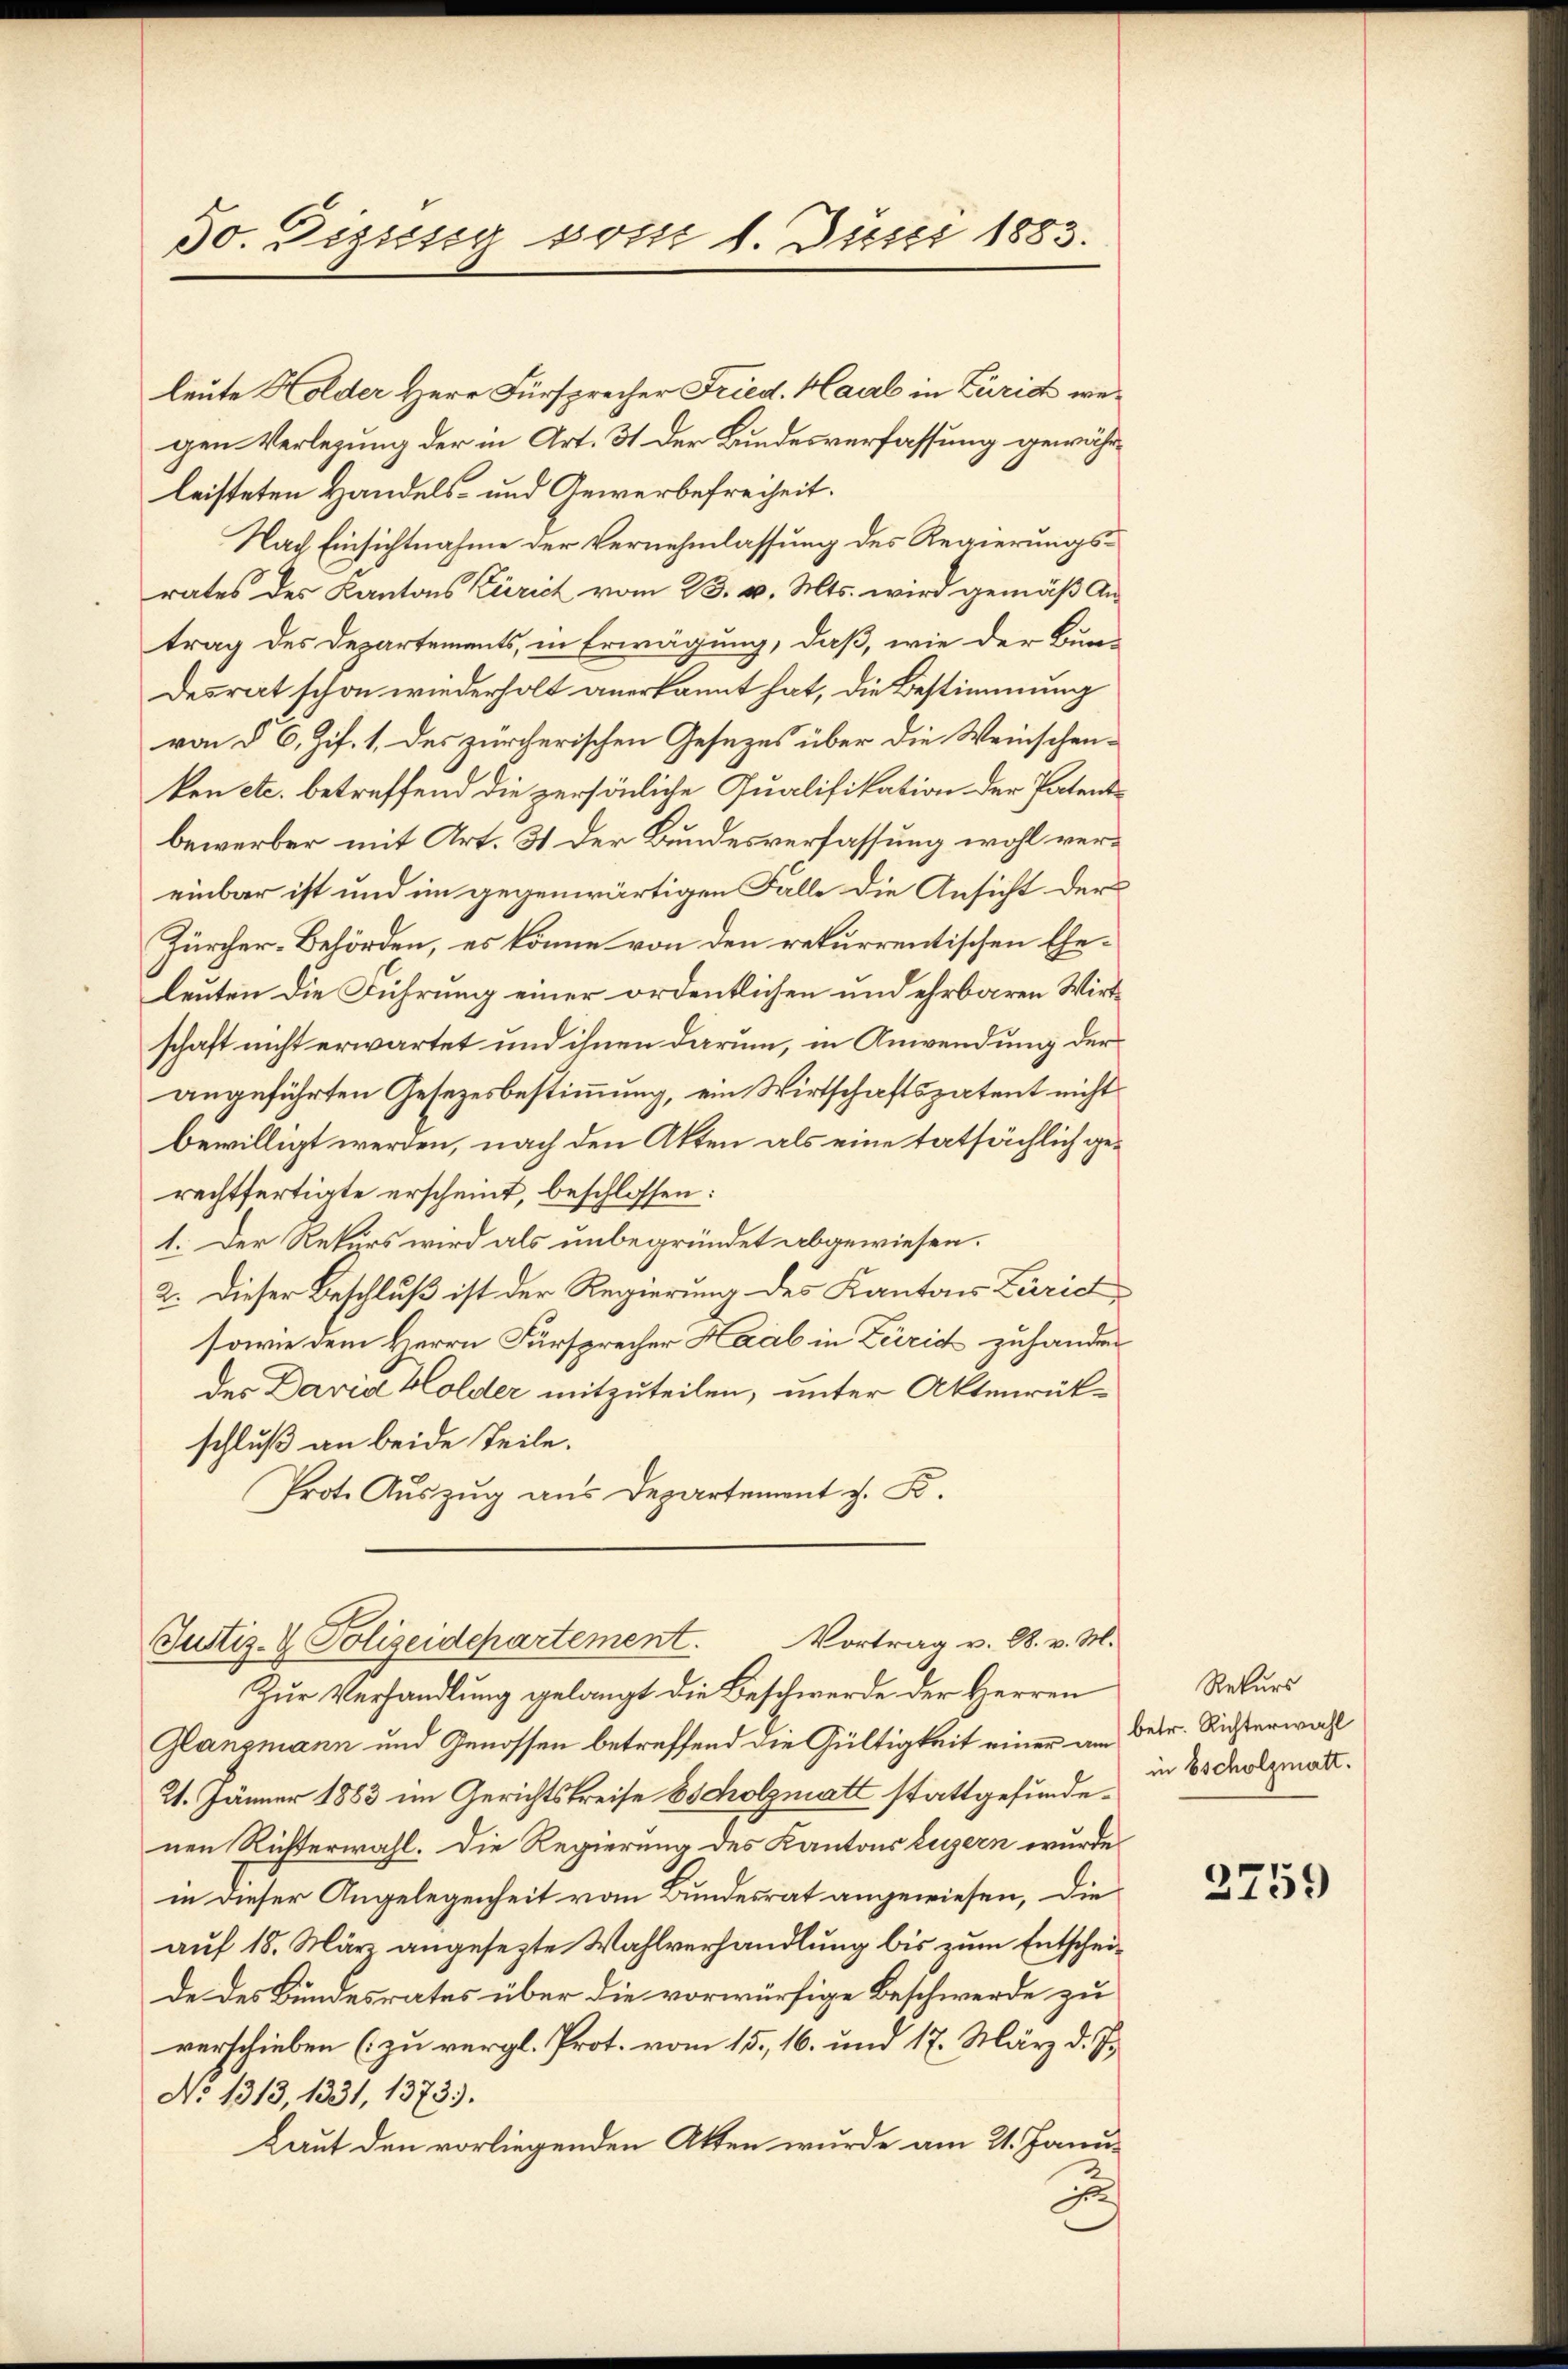
5o. Dissessy vom 1. Juni 1883.

leute Holder Herr Fürsprecher Fried. Haal in Zürich wegen Verlegung der in Art. 31 der Bundesverfassung gewährleisteten Handels- und Gewerbefreiheit.
Nach Einsichtnahme der Vernehmlassung des Regierungsrates des Kantons Zürich vom 23. v. Mts. wird gemäß Antrag des Departements, in Erwägung, daß, wie der Bun-
desrat schon wiederholt anerkannt hat, die Bestimmung
von § 6, Zif. 1. des zürcherischen Gesezes über die Weinschenken etc. betreffend die persönliche Qualifikation der Patentbewerber mit Art. 31 der Bundesverfassung wohl vereinbar ist und im gegenwärtigen Falle die Ansicht der
Zürcher-Behörden, es könne von den rekurrentischen Eheleuten die Führung einer ordentlichen und ehrbaren Wirt
schaft nicht erwartet und ihnen darum, in Anwendung der
angeführten Gesetzesbestimmung, ein Wirtschaftspatent nicht
bewilligt werden, nach den Akten als eine tatsächlich gerechtfertigte erscheint, beschlossen:
1. Der Rekurs wird als unbegründet abgewiesen.
2. Dieser Beschluß ist der Regierung des Kantons Zürich
sowie dem Herrn Fürsprecher Haab in Zürich zuhander
der David Holder mitzuteilen, unter Aktenrückschluß an beide Teile.
Prote Auszug aus Departement z. B.

Vortrag v. M. v. M.
Justiz- & Polizeidepartement.

Zur Verhandlung gelangt die Beschwerde der Herren
Glanzmann und Genossen betreffend die Gültigkeit einer am Betr. Richterwal
21. Jänner 1883 im Gerichtskreise 85 holzmatt stattgefundenen Richterwahl. Die Regierung des Kantons Luzern wurde
in dieser Angelegenheit vom Bundesrat angewiesen, die
auf 18. März angesezte Wahlverhandlung bis zum Entscheide des Bundesrates über die vorwürfige Beschwerde zu
verschieben (zu vergl. Prot. vom 15., 16. und 17. März d. J.
No 1313, 1331, 1373.
Laut den vorliegenden Akten wurde am 21. Janu
d

Rekurs
in Escholzmatt.

3759